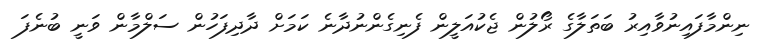
ނިންމާފައިނުވާއިރު ބަތަލާގެ ރޯލުން ޖެކުއަލީން ފެނިގެންނުދާނެ ކަމަށް ދާދިފަހުން ސަލްމާން ވަނީ ބުނެފަ